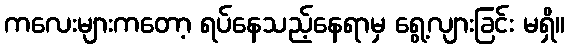
ကလေးများကတော့ ရပ်နေသည့်နေရာမှ ရွေ့လျားခြင်း မရှိ။